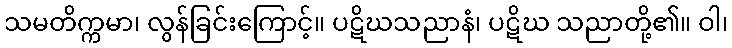
သမတိက္ကမာ၊ လွန်ခြင်းကြောင့်။ ပဋိဃသညာနံ၊ ပဋိဃ သညာတို့၏။ ဝါ၊